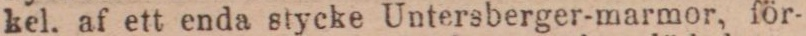
kel. af ett enda stycke Untersberger-marmor, för-